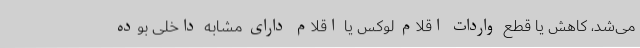
می‌شد، کاهش یا قطع واردات اقلام لوکس یا اقلام دارای مشابه داخلی بوده